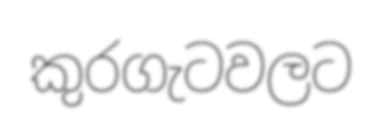
කුරගැටවලට